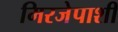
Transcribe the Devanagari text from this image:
मिरजेपाशी